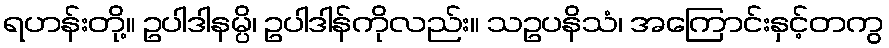
ရဟန်းတို့။ ဥပါဒါနမ္ပိ၊ ဥပါဒါန်ကိုလည်း။ သဥပနိသံ၊ အကြောင်းနှင့်တကွ